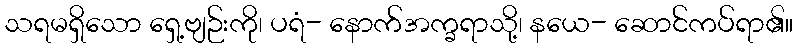
သရမရှိသော ရှေ့ဗျဉ်းကို၊ ပရံ- နောက်အက္ခရာသို့၊ နယေ- ဆောင်ကပ်ရာ၏။